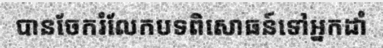
បានចែករំលែកបទពិសោធន៍ទៅអ្នកដាំ